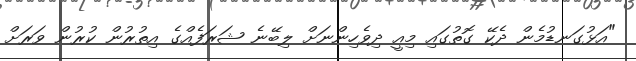
"އަޅުގަނޑުމެން ދެކޭ ގޮތުގައި މިއީ ދިވެހިންނަށް ލިބޭނެ ޝަރަފެއްގެ އިތުރުން ކުރުން ވަރަށް